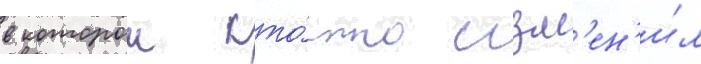
в которои кто́-то изм'ен'и́л